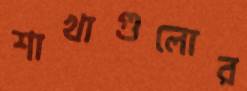
শাখাগুলোর